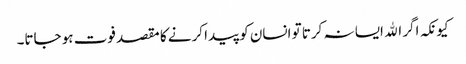
کیونکہ اگر الله ایسا نہ کرتا تو انسان کو پیدا کرنے کا مقصد فوت ہو جاتا۔